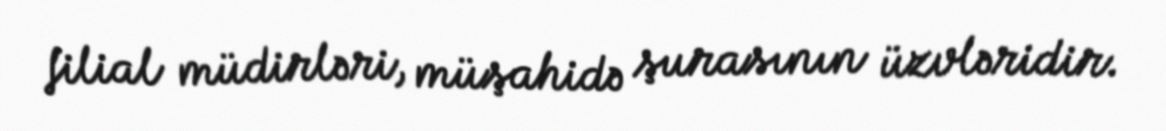
filial müdirləri, müşahidə şurasının üzvləridir.